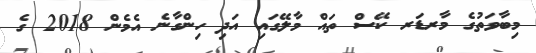
މިބާވަތުގެ މާރޑަރ ކޭސް ތައް މާލޭގައި އަދި ހިންގާނެ އެމެން 2018 ގެ